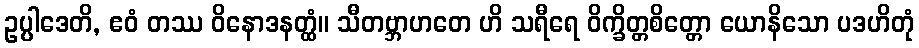
ဥပ္ပါဒေတိ, ဧဝံ တဿ ဝိနောဒနတ္ထံ။ သီတဗ္ဘာဟတေ ဟိ သရီရေ ဝိက္ခိတ္တစိတ္တော ယောနိသော ပဒဟိတုံ